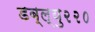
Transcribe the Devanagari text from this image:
डब्ल्यु२२०